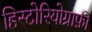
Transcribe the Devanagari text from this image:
हिस्टोरियोग्राफ़ी